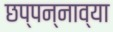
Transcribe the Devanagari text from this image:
छप्पन्नाव्या